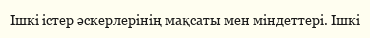
Ішкі істер әскерлерінің мақсаты мен міндеттері. Ішкі